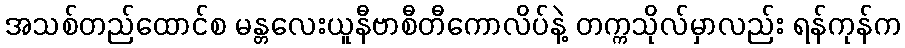
အသစ်တည်ထောင်စ မန္တလေးယူနီဗာစီတီကောလိပ်နဲ့ တက္ကသိုလ်မှာလည်း ရန်ကုန်က